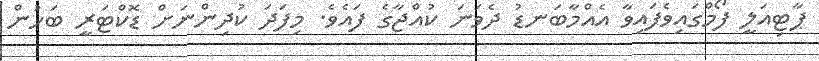
ޕާޓިއަލީ ފޯމްގައިވެފައިވާ އެއްމާބަނޑު ދެވަނަ ކުއްޖާގެ ފައެވެ. މިފަދަ ކުދިންނަށް ޑޮކްޓަރީ ބަހުން